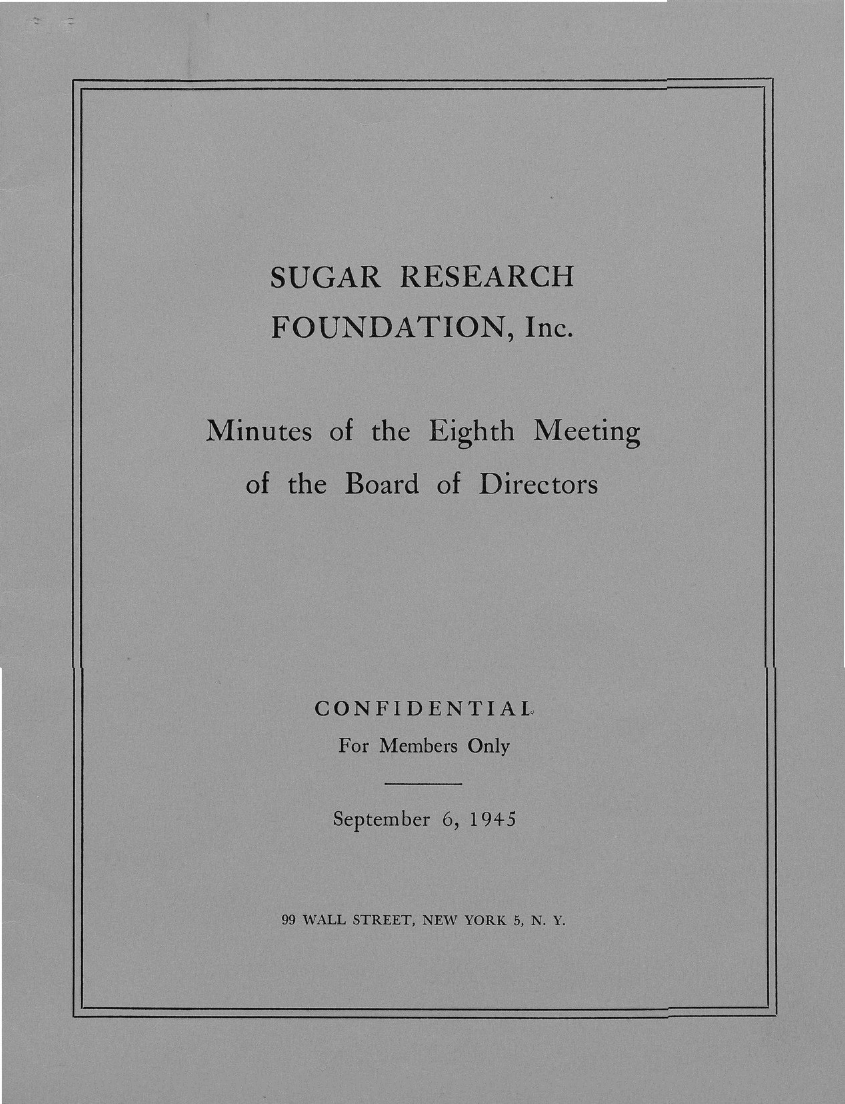
SUGAR    RESEARCH
     FOUNDATION,    Inc.
     Minutes   of  the  Eighth  Meeting
     of the Board   of  Directors
     CONFIDENTIAL
     For Members Only
     September 6, 1945
     99 WALL STREET, NEW YORK 5, N. Y.
     Source: https://www.industrydocuments.ucsf.edu/docs/syml0226